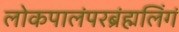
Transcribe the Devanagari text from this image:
लोकपालंपरब्रंह्मलिंगं